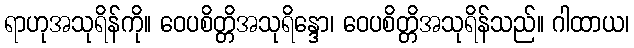
ရာဟုအသုရိန်ကို။ ဝေပစိတ္တိအသုရိန္ဒော၊ ဝေပစိတ္တိအသုရိန်သည်။ ဂါထာယ၊